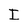
Character: I